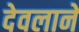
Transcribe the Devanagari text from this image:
देवलाने